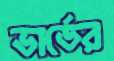
ভার্ডের